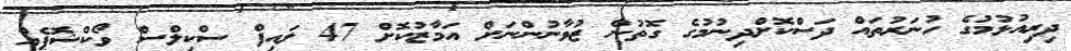
ދިރިއުޅުމުގެ ހުނަރުތައް ދަސްކޮށްދިނުމުގެ ގޮތުން ޒުވާނުންނަށް އަމާޒުކޮށް 47 ލައިފް ސްކިލްސް ވޯކްޝޮޕެއް